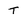
Character: T